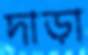
দাড়া